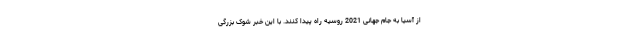
از آسیا به جام جهانی 2021 روسیه راه پیدا کنند. با این خبر شوک بزرگی